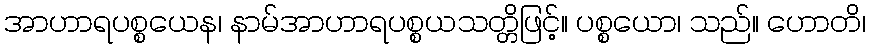
အာဟာရပစ္စယေန၊ နာမ်အာဟာရပစ္စယသတ္တိဖြင့်။ ပစ္စယော၊ သည်။ ဟောတိ၊